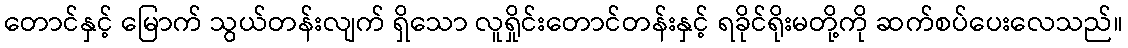
တောင်နှင့် မြောက် သွယ်တန်းလျက် ရှိသော လူရှိုင်းတောင်တန်းနှင့် ရခိုင်ရိုးမတို့ကို ဆက်စပ်ပေးလေသည်။